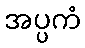
အပ္ပကံ